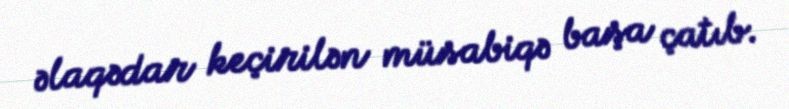
əlaqədar keçirilən müsabiqə başa çatıb.